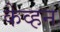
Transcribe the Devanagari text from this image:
केव्हन